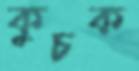
কুচক